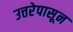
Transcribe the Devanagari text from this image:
उत्तरेपासून